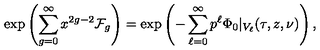
\exp \left( \sum _ { g = 0 } ^ { \infty } x ^ { 2 g - 2 } \mathcal { F } _ { g } \right) = \exp \left( - \sum _ { \ell = 0 } ^ { \infty } p ^ { \ell } \Phi _ { 0 } \vert _ { V _ { \ell } } ( \tau , z , \nu ) \right) ,